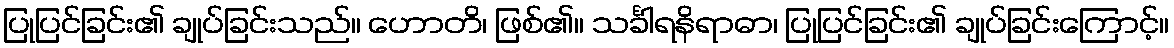
ပြုပြင်ခြင်း၏ ချုပ်ခြင်းသည်။ ဟောတိ၊ ဖြစ်၏။ သင်္ခါရနိရာဓာ၊ ပြုပြင်ခြင်း၏ ချုပ်ခြင်းကြောင့်။